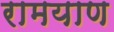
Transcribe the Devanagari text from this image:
रामयाण